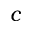
c